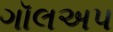
ગૉલઅપ